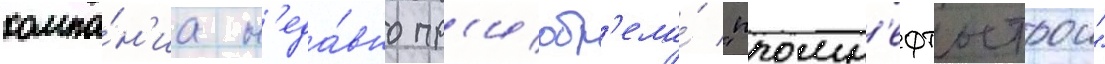
компа́н'иа н'еда́вно пр'иобр'ела́ "промн'ефтьстрои"